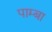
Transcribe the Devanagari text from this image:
पाम्बा